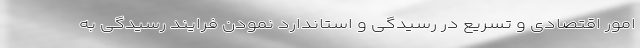
امور اقتصادی و تسریع در رسیدگی و استاندارد نمودن فرایند رسیدگی به